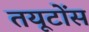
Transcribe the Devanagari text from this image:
तयूटोंस